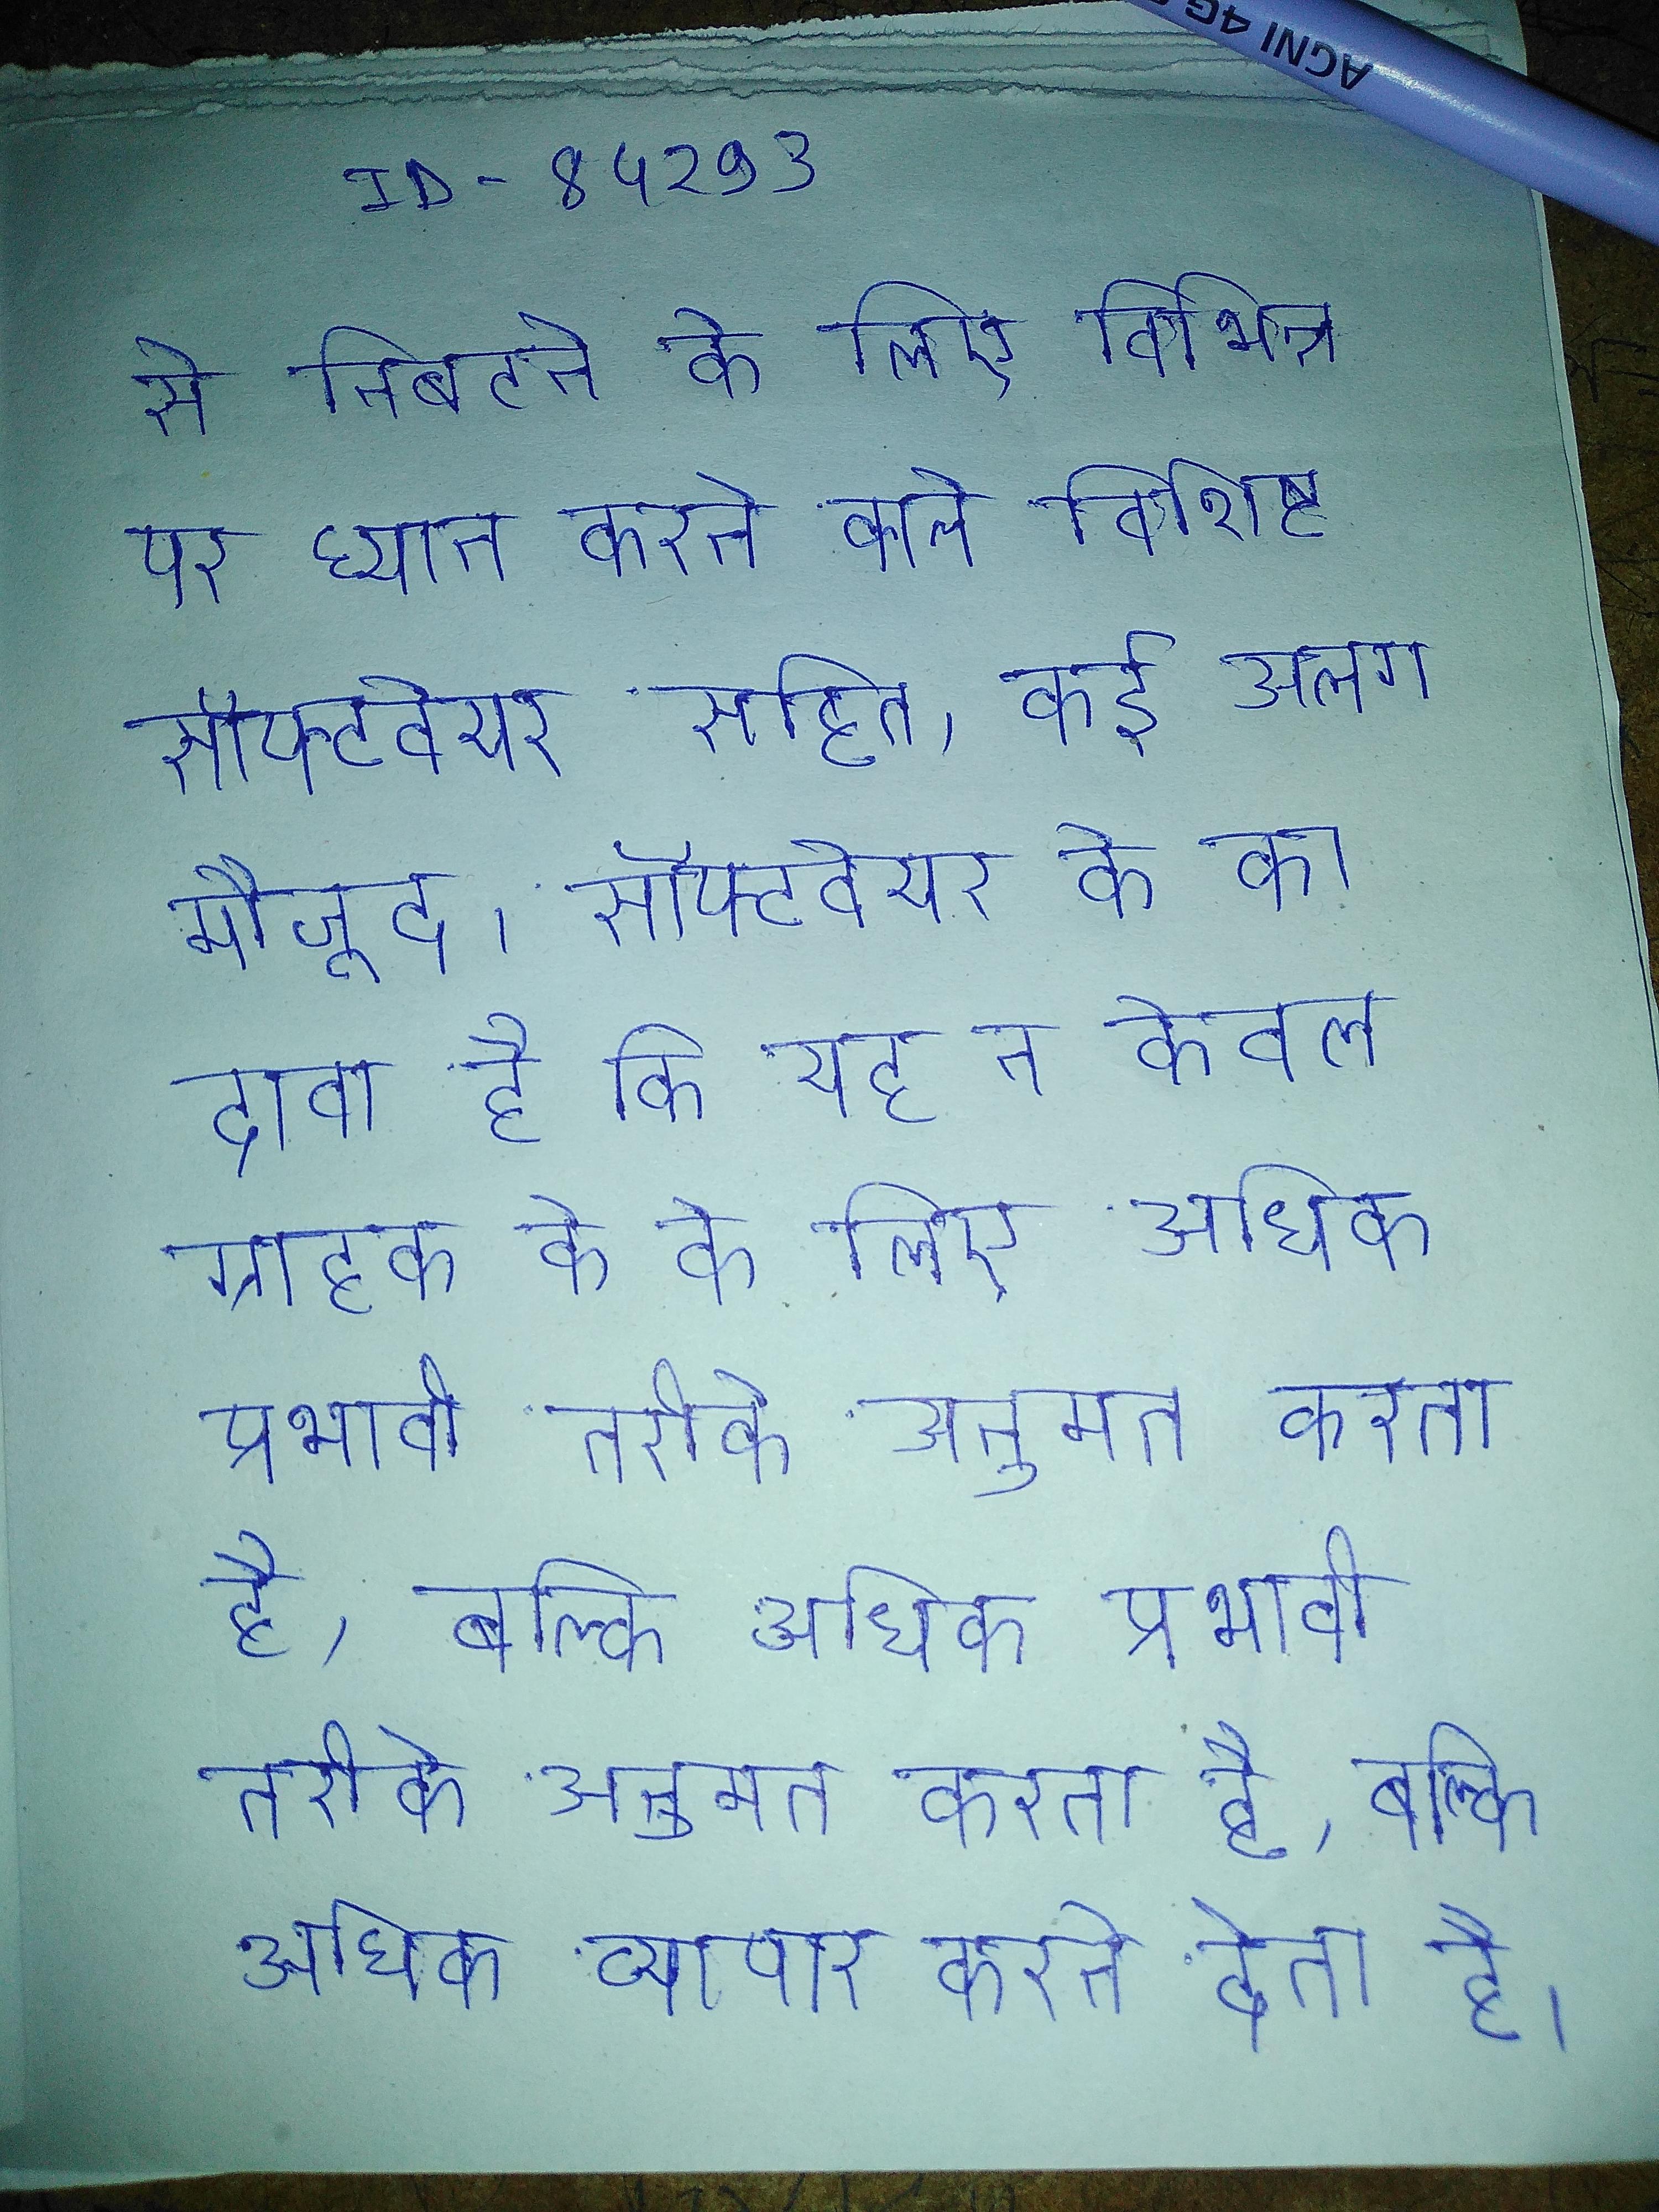
से निबटने के लिए विभिन्न पर ध्यान करने वाले विशिष्ट सॉफ्टवेयर सहित, कई अलग मौजूद । सॉफ्टवेयर के का दावा है कि यह न केवल ग्राहक के के लिए अधिक प्रभावी तरीके अनुमत करता है, बल्कि अधिक व्यापार करने देता है ।